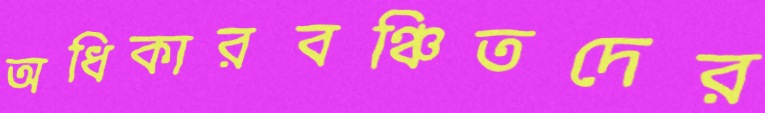
অধিকারবঞ্চিতদের